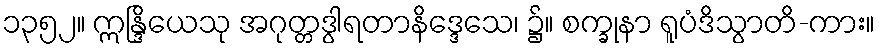
၁၃၅၂။ ဣန္ဒြိယေသု အဂုတ္တဒွါရတာနိဒ္ဒေသေ၊ ၌။ စက္ခုနာ ရူပံဒိသွာတိ-ကား။